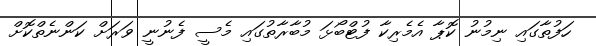
ހަފުތާގައި ނިމުނު ކޮޕާ އެމެރިކާ ފުޓްބޯޅަ މުބާރާތުގައި މެސީ ފެނުނީ ވަރަށް ކަންނެތްކޮށް